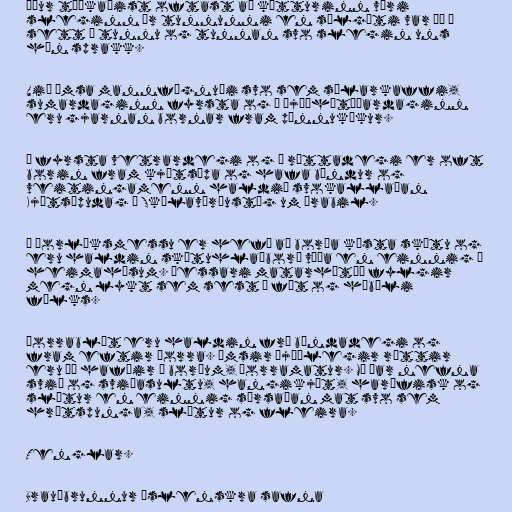
Áður tíðkaðist oftast að kötturinn væri
sleginn úr tunnunni en sælgæti var þá í
sett í tunnu og tunnan svo slegin uns
hún sprakk.

Við ýmsa mannfögnuði svo sem sólarkaffi,
sumardaginn fyrsta og á þjóðhátíðardaginn
eru gjarnan bornar fram pönnukökur.

Á fyrsta vetrardegi og á réttadegi er oft
borin fram kjötsúpa og hafa bændur og
veitingamenn haldið svokallaðan
Kjötsúpudag á Skólavörðustíg um árabil.

Á Þorláksmessu er hefð að borða kæsta skötu og
eru haldin skötuhlaðborð víða en einnig í
heimahúsum. Þessari matarhátíð fylgir
megn lykt sem sest í föt og híbýli
fólks.

Þorrablót eru haldin frá bóndadegi og
fram eftir þorra. Ýmsir þjóðlegir réttir
eru þá hafðir á borðum, þorramatur. Má þar nefna
svið og sviðasultu, hangikjöt, harðfisk og
slátur en einnig súrsaðan mat svo sem
hrútspunga, slátur og fleira.

Tenglar.

Brauðbrunnur íslenskra safna